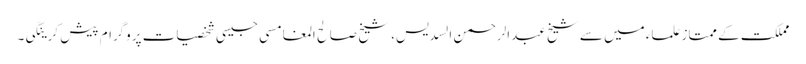
مملکت کے ممتاز علماء میں سے شیخ عبدالرحمن السدیس، شیخ صالح المغامسی جیسی شخصیات پروگرام پیش کرینگی۔